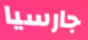
جارسيا